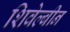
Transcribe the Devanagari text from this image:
शिवेल्बीन